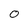
Character: 0